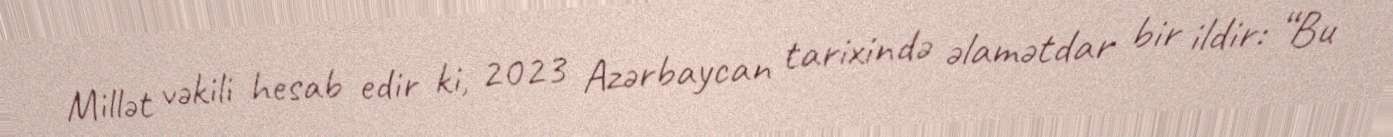
Millət vəkili hesab edir ki, 2023 Azərbaycan tarixində əlamətdar bir ildir: “Bu